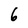
Character: 6